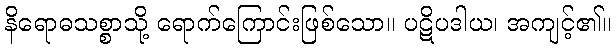
နိရောဓသစ္စာသို့ ရောက်ကြောင်းဖြစ်သော။ ပဋိပဒါယ၊ အကျင့်၏။